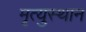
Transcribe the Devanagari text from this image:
मृत्युस्थान